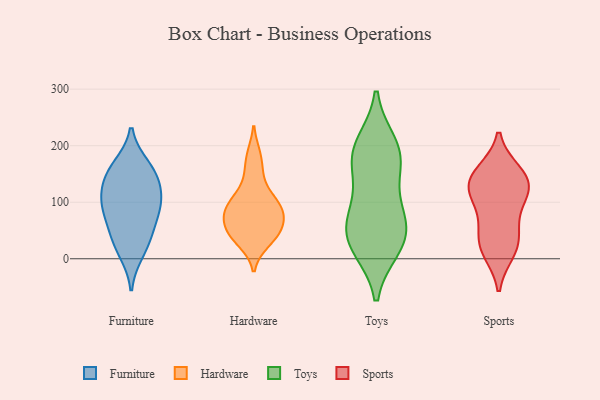
{"axis": {"x": "Inventory Turnover", "y": "Value"}, "legend": ["Furniture", "Hardware", "Sports", "Toys"], "data": [{"x": "", "y": 97, "type": "Furniture"}, {"x": "", "y": 45, "type": "Furniture"}, {"x": "", "y": 33, "type": "Furniture"}, {"x": "", "y": 129, "type": "Furniture"}, {"x": "", "y": 143, "type": "Furniture"}, {"x": "", "y": 82, "type": "Furniture"}, {"x": "", "y": 164, "type": "Furniture"}, {"x": "", "y": 108, "type": "Furniture"}, {"x": "", "y": 158, "type": "Furniture"}, {"x": "", "y": 11, "type": "Furniture"}, {"x": "", "y": 85, "type": "Furniture"}, {"x": "", "y": 71, "type": "Hardware"}, {"x": "", "y": 183, "type": "Hardware"}, {"x": "", "y": 79, "type": "Hardware"}, {"x": "", "y": 29, "type": "Hardware"}, {"x": "", "y": 38, "type": "Hardware"}, {"x": "", "y": 93, "type": "Hardware"}, {"x": "", "y": 50, "type": "Hardware"}, {"x": "", "y": 147, "type": "Hardware"}, {"x": "", "y": 107, "type": "Hardware"}, {"x": "", "y": 58, "type": "Hardware"}, {"x": "", "y": 98, "type": "Hardware"}, {"x": "", "y": 171, "type": "Toys"}, {"x": "", "y": 200, "type": "Toys"}, {"x": "", "y": 22, "type": "Toys"}, {"x": "", "y": 49, "type": "Toys"}, {"x": "", "y": 33, "type": "Toys"}, {"x": "", "y": 182, "type": "Toys"}, {"x": "", "y": 182, "type": "Toys"}, {"x": "", "y": 82, "type": "Toys"}, {"x": "", "y": 34, "type": "Toys"}, {"x": "", "y": 94, "type": "Toys"}, {"x": "", "y": 12, "type": "Sports"}, {"x": "", "y": 122, "type": "Sports"}, {"x": "", "y": 69, "type": "Sports"}, {"x": "", "y": 20, "type": "Sports"}, {"x": "", "y": 143, "type": "Sports"}, {"x": "", "y": 52, "type": "Sports"}, {"x": "", "y": 154, "type": "Sports"}, {"x": "", "y": 112, "type": "Sports"}, {"x": "", "y": 117, "type": "Sports"}, {"x": "", "y": 153, "type": "Sports"}, {"x": "", "y": 24, "type": "Sports"}, {"x": "", "y": 126, "type": "Sports"}]}